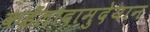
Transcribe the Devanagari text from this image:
कईलादामुदेयान